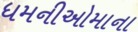
ધમનીઓમાના